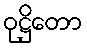
ဝုဋ္ဌိတော